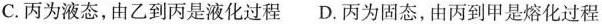
C.丙为液态，由乙到丙是液化过程 D.丙为固态，由丙到甲是熔化过程